Punjab Mental Hospital Lahore 1932-46 - 1932-1946
Year: 1932
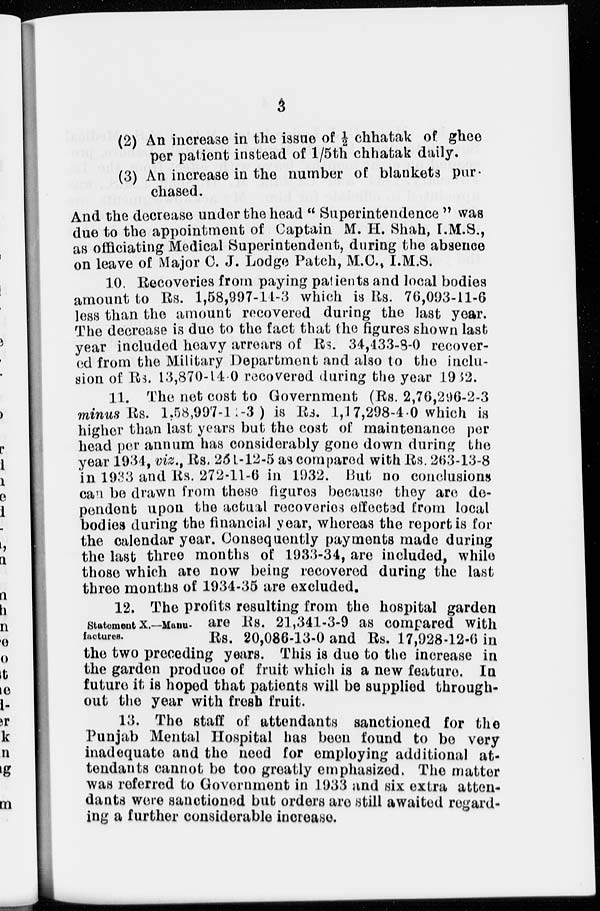
3
(2) An increase in the issue of ½ chhatak of ghee
per patient instead of 1/5th chhatak daily.
(3) An increase in the number of blankets pur
chased.
And the decrease under the head " Superintendence " was
due to the appointment of Captain M. H. Shah, I.M.S.,
as officiating Medical Superintendent, during the absence
on leave of Major C. J. Lodge Patch, M.C., I.M.S.
10. Recoveries from paying patients and local bodies
amount to Rs. 1,58,997-14-3 which is Rs. 76,093-11-6
loss than the amount recovered during the last year.
The decrease is due to the fact that the figures shown last
year included heavy arrears of Rs. 34,433-8-0 recover-
ed from the Military Department and also to the inclu-
sion of Rs. 13,870-14-0 recovered during the year 1932.
11. The net cost to Government (Rs. 2,76,296-2-3
minus Rs. 1.58,997-11 -3 ) is Rs. 1,17,298-4 0 which is
higher than last years but the cost of maintenance per
head per annum has considerably gone down during the
year 1934, viz., Rs. 251-12-5 as compared with Rs. 263-13-8
in 1933 and Rs. 272-11-6 in 1932. But no conclusions
can be drawn from these figures because they are de-
pendent upon the actual recoveries effected from local
bodies during the financial year, whereas the report is for
the calendar year. Consequently payments made during
the last three months of 1933-34, are included, while
those which are now being recovered during the last
three months of 1934-35 are excluded.
Statement X.—Manu-
factures.
12. The profits resulting from the hospital garden
are Rs. 21,341-3-9 as compared with
Rs. 20,086-13-0 and Rs. 17,928-12-6 in
the two preceding years. This is due to the increase in
the garden produce of fruit which is a new feature. In
future it is hoped that patients will be supplied through-
out the year with fresh fruit.
13. The staff of attendants sanctioned for the
Punjab Mental Hospital has been found to be very
inadequate and the need for employing additional at-
tendants cannot be too greatly emphasized. The matter
was referred to Government in 1933 and six extra atten-
dants were sanctioned but orders are still awaited regard-
ing a further considerable increase.